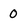
Character: 0